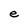
Character: e